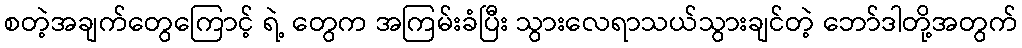
စတဲ့အချက်တွေကြောင့် ရဲ့ တွေက အကြမ်းခံပြီး သွားလေရာသယ်သွားချင်တဲ့ ဘော်ဒါတို့အတွက်